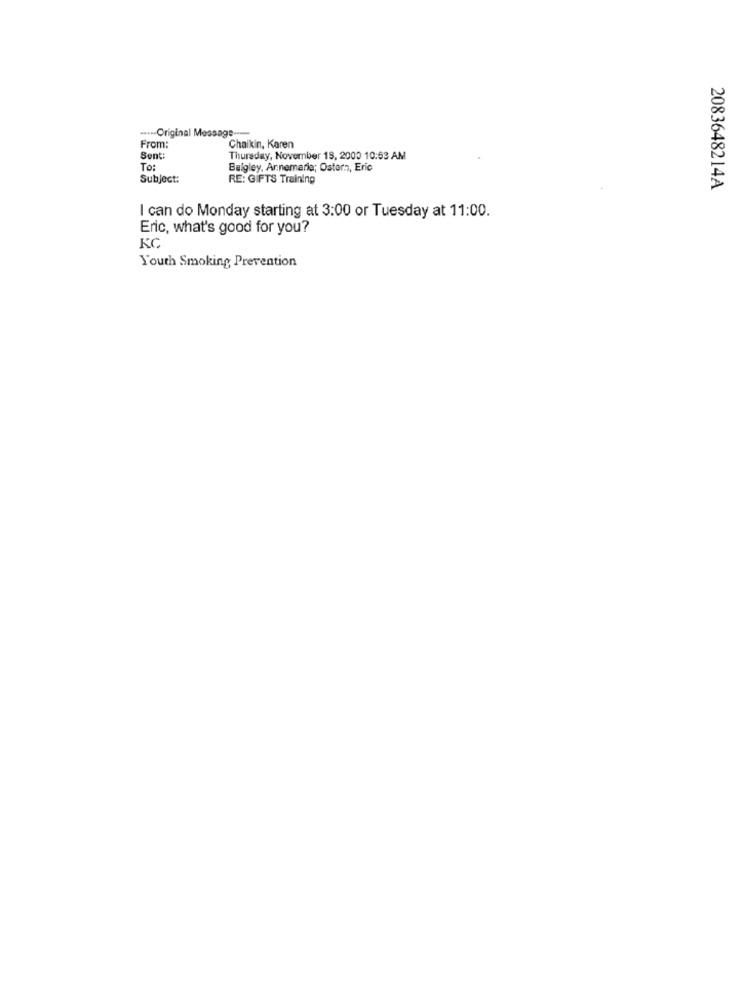
....- Original Message ---
From:
Chaikin, Karen
Sent:
Thursday, November 19, 2000 10:53 AM
To:
Belgley, Arnemarie; Ostern, Eric
Subject:
RE: GIFTS Training
2083648214A
I can do Monday starting at 3:00 or Tuesday at 11:00.
Eric, what's good for you?
KC
Youth Smoking Prevention